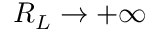
R _ { L } \rightarrow + \infty